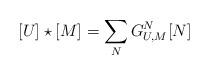
LaTeX: \begin{align*}[U] \star [M] = \sum_N G^N_{U,M} [N]\end{align*}